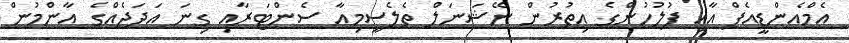
އެމްއެންޑީއެފް އާއި ފުލުހުންގެ އިތުރުން ނޭޝަނަލް ތެލެސީމިއާ ސެންޓަރާއި ގިނަ އަދަދެއްގެ އާންމުން